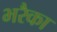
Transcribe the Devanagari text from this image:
भरैका